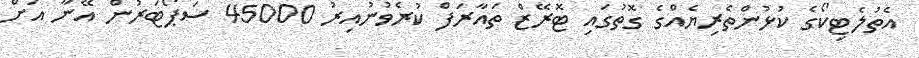
އެތުލެޓިކޯގެ ކުޅުންތެރިޔެއްގެ ގޮތުގައި ޓޮރޭޒް ތައާރަފް ކުރެވުނުއިރު 45000 ސަޕޯޓަރުން އޭނާ އަށް